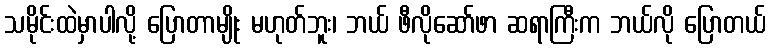
သမိုင်းထဲမှာပါလို့ ပြောတာမျိုး မဟုတ်ဘူး၊ ဘယ် ဖီလိုဆော်ဖာ ဆရာကြီးက ဘယ်လို ပြောတယ်